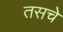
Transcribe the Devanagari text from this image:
तसचे